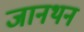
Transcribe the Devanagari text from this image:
जानथन